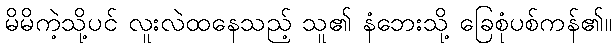
မိမိကဲ့သို့ပင် လူးလဲထနေသည့် သူ၏ နံဘေးသို့ ခြေစုံပစ်ကန်၏။